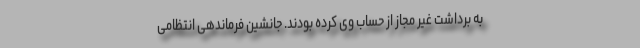
به برداشت غیر مجاز از حساب وی کرده بودند. جانشین فرماندهی انتظامی